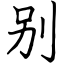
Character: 别